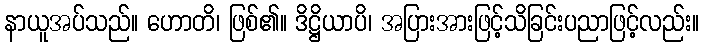
နာယူအပ်သည်။ ဟောတိ၊ ဖြစ်၏။ ဒိဋ္ဌိယာပိ၊ အပြားအားဖြင့်သိခြင်းပညာဖြင့်လည်း။